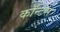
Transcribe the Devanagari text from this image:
कॉन्टेस